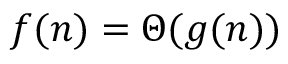
f ( n ) = \Theta ( g ( n ) )